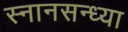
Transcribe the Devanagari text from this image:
स्नानसन्ध्या